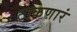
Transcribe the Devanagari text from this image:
टाकणारं